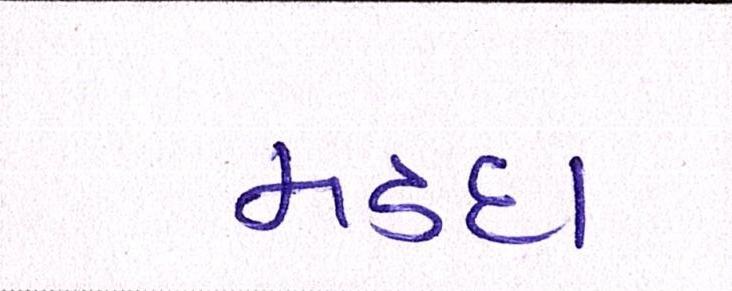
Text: મડદા